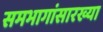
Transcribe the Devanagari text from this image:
समभागांसारख्या